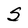
Character: S